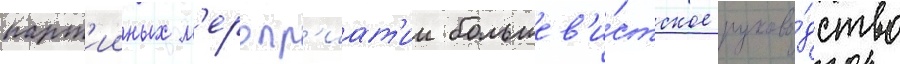
парт'ииных м'еропр'иат'ии большев'и́стское руково́дство